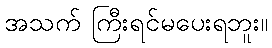
အသက် ကြီးရင်မပေးရဘူး။